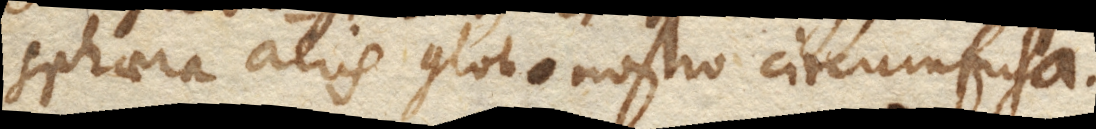
sphaera aeris globo nostro circumfusa.